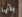
بانها